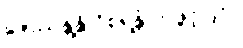
ဇေဿန္တန္တိ ဝိစရန္တံ ဟုဖွင့်ပြပုံ။